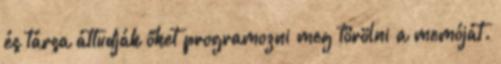
és társa áttudják őket programozni meg törölni a memóját.